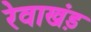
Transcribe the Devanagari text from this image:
रेवाखंड़